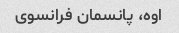
اوه، پانسمان فرانسوی